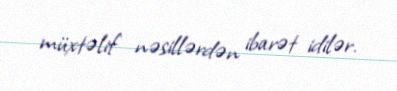
müxtəlif nəsillərdən ibarət idilər.